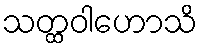
သတ္ထဝါဟောသိ